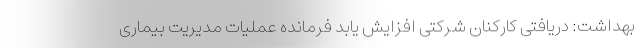
بهداشت: دریافتی کارکنان شرکتی افزایش یابد فرمانده عملیات مدیریت بیماری